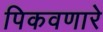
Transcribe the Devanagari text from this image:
पिकवणारे